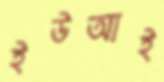
ইউআই